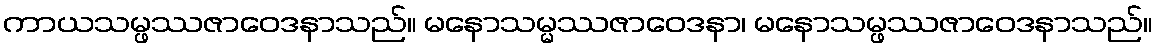
ကာယသမ္ဖဿဇာဝေဒနာသည်။ မနောသမ္မဿဇာဝေဒနာ၊ မနောသမ္ဖဿဇာဝေဒနာသည်။